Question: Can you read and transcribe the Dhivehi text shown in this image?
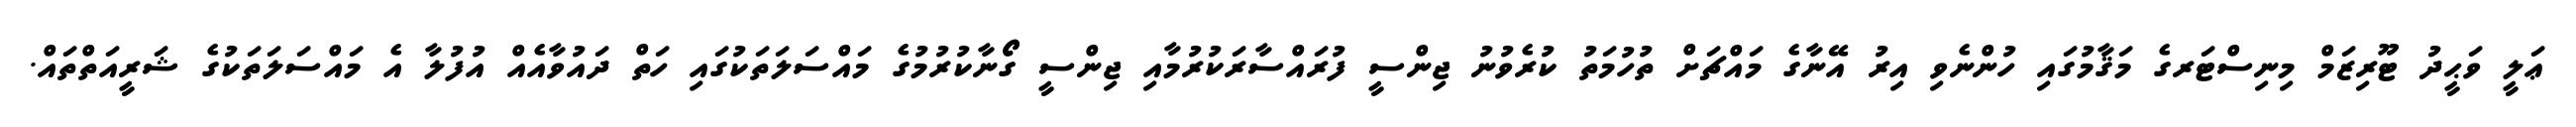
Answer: ޢަލީ ވަޙީދު ޓޫރިޒަމް މިނިސްޓަރގެ މަޤާމުގައި ހުންނެވި އިރު އޭނާގެ މައްޗަށް ތުހުމަތު ކުރެވުނު ޖިންސީ ފުރައްސާރަކުރުމާއި ޖިންސީ ގޯޯނާކުރުމުގެ މައްސަލަތަކުގައި ހަތް ދައުވާއެއް އުފުލާ އެ މައްސަލަތަކުގެ ޝަރީއަތްތައް.